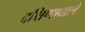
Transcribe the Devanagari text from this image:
दक्षिणावाले